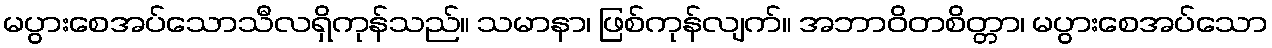
မပွားစေအပ်သောသီလရှိကုန်သည်။ သမာနာ၊ ဖြစ်ကုန်လျက်။ အဘာဝိတစိတ္တာ၊ မပွားစေအပ်သော